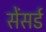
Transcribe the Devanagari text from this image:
सेंसर्ड